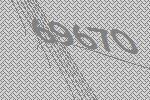
69670